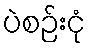
ပဲစဉ်းငုံ